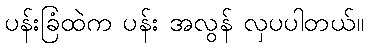
ပန်းခြံထဲက ပန်း အလွန် လှပပါတယ်။